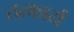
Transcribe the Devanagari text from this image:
तत्कार्य